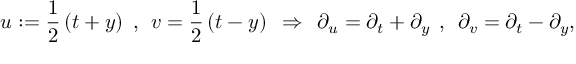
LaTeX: u : = \frac { 1 } { 2 } \, ( t + y ) \: \: , \: \: v = \frac { 1 } { 2 } \, ( t - y ) \: \: \Rightarrow \: \: \partial _ { u } = \partial _ { t } + \partial _ { y } \: \: , \: \: \partial _ { v } = \partial _ { t } - \partial _ { y } ,